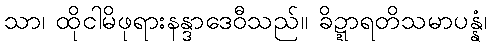
သာ၊ ထိုငါမိဖုရားနန္ဒာဒေဝီသည်။ ခိဍ္ဍာရတိသမာပန္နံ၊